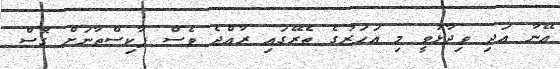
އޭނާ އަދި ވިދާޅުވީ މި އަހަރުގެ ތެރޭގައި ރާއްޖެ ވެސް ޕާކިސްތާނަށް ގޮސް